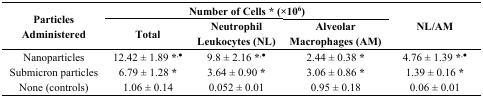
<table><thead><tr><td rowspan="2"><b>Particles Administered</b></td><td colspan="3"><b>Number of Cells * (×10<sup>6</sup>)</b></td><td rowspan="2"><b>NL/AM</b></td></tr><tr><td><b>Total</b></td><td><b>Neutrophil Leukocytes (NL)</b></td><td><b>Alveolar Macrophages (AM)</b></td></tr></thead><tbody><tr><td>Nanoparticles</td><td>12.42 ± 1.89 *<sup>,</sup><sup>●</sup></td><td>9.8 ± 2.16 *<sup>,</sup><sup>●</sup></td><td>2.44 ± 0.38 *</td><td>4.76 ± 1.39 *<sup>,</sup><sup>●</sup></td></tr><tr><td>Submicron particles</td><td>6.79 ± 1.28 *</td><td>3.64 ± 0.90 *</td><td>3.06 ± 0.86 *</td><td>1.39 ± 0.16 *</td></tr><tr><td>None (controls)</td><td>1.06 ± 0.14</td><td>0.052 ± 0.01</td><td>0.95 ± 0.18</td><td>0.06 ± 0.01</td></tr></tbody></table>